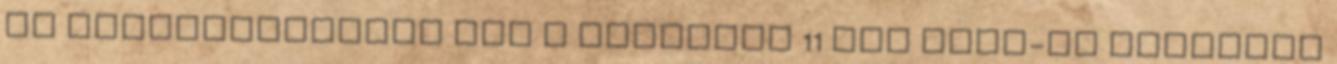
Az opcionalitáson van a hangsúly 11 Use case-ek viszonya